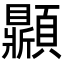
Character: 𩕩